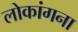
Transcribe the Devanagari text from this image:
लोकांगना